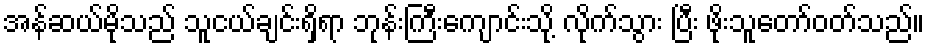
အန်ဆယ်မိုသည် သူငယ်ချင်းရှိရာ ဘုန်းကြီးကျောင်းသို့ လိုက်သွား ပြီး ဖိုးသူတော်ဝတ်သည်။